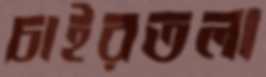
চাইরতলা